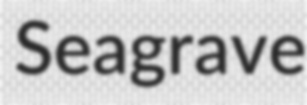
Seagrave